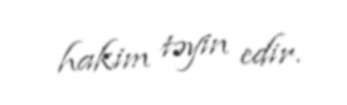
hakim təyin edir.